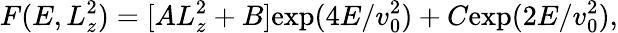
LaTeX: F(E,L_{z}^{2})=[AL_{z}^{2}+B]\mathrm{exp}(4E/v_{0}^{2})+C\mathrm{exp}(2E/v_{0}^{2}),